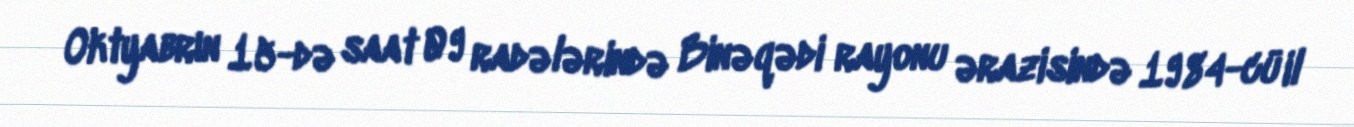
Oktyabrın 15-də saat 09 radələrində Binəqədi rayonu ərazisində 1984-cü il